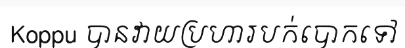
Koppu បានវាយប្រហារបក់បោកទៅ